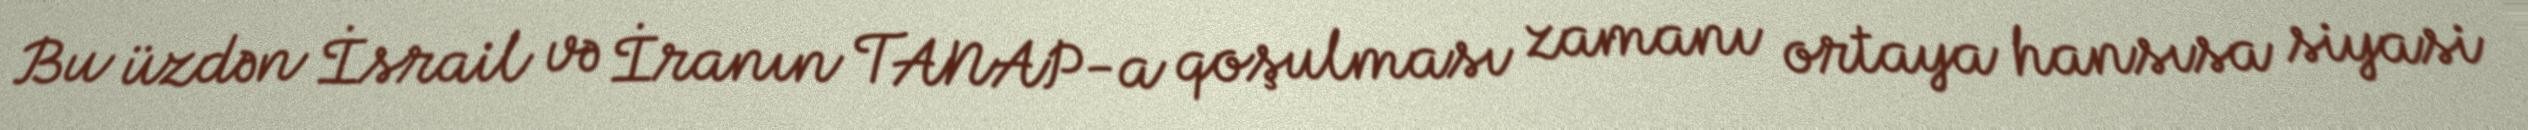
Bu üzdən İsrail və İranın TANAP-a qoşulması zamanı ortaya hansısa siyasi